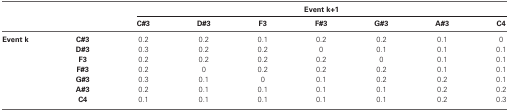
<table><thead><tr><td></td><td></td><td colspan="7"><b>Event k+1</b></td></tr><tr><td></td><td></td><td><b>C#3</b></td><td><b>D#3</b></td><td><b>F3</b></td><td><b>F#3</b></td><td><b>G#3</b></td><td><b>A#3</b></td><td><b>C4</b></td></tr></thead><tbody><tr><td><b>Event k</b></td><td><b>C#3</b></td><td>0.2</td><td>0.2</td><td>0.1</td><td>0.2</td><td>0.2</td><td>0.1</td><td>0</td></tr><tr><td></td><td><b>D#3</b></td><td>0.3</td><td>0.2</td><td>0.2</td><td>0</td><td>0.1</td><td>0.1</td><td>0.1</td></tr><tr><td></td><td><b>F3</b></td><td>0.2</td><td>0.2</td><td>0.2</td><td>0.2</td><td>0</td><td>0.1</td><td>0.1</td></tr><tr><td></td><td><b>F#3</b></td><td>0.2</td><td>0</td><td>0.2</td><td>0.2</td><td>0.2</td><td>0.1</td><td>0.1</td></tr><tr><td></td><td><b>G#3</b></td><td>0.3</td><td>0.1</td><td>0</td><td>0.1</td><td>0.2</td><td>0.2</td><td>0.1</td></tr><tr><td></td><td><b>A#3</b></td><td>0.2</td><td>0.1</td><td>0.1</td><td>0.1</td><td>0.1</td><td>0.2</td><td>0.2</td></tr><tr><td></td><td><b>C4</b></td><td>0.1</td><td>0.1</td><td>0.1</td><td>0.1</td><td>0.1</td><td>0.2</td><td>0.3</td></tr></tbody></table>